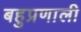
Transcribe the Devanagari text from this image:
बहुप्रणाली